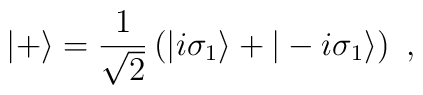
|+\rangle = {1\over \sqrt{2}}\left(|i\sigma_1\rangle + |-i\sigma_1\rangle\right)~,